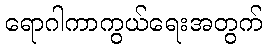
ရောဂါကာကွယ်ရေးအတွက်